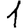
Digit: 1